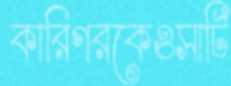
কারিগরকেওসার্টি